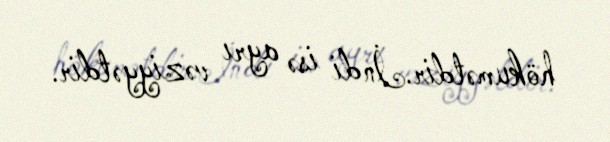
hökumətdir.İndi isə ayrı vəziyyətdir.